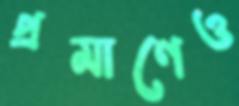
প্রমাণেও